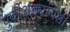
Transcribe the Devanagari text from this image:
पुर्वीअठ्यांयशीं